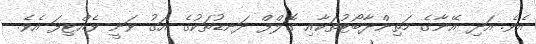
އެވެ. އަދި އޭނާގެ މަތިންދާބޯޓުތަކާއި ގޮލްފް ދަނޑުތަކުގެ އަގު ވަނީ ވެއްޓިފަ އެވެ.